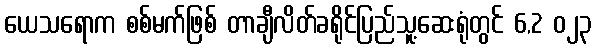
ယေသရောက စစ်မက်ဖြစ် တာချီလိတ်ခရိုင်ပြည်သူ့ဆေးရုံတွင် 6,2 ၀၂၃